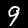
Digit: 9